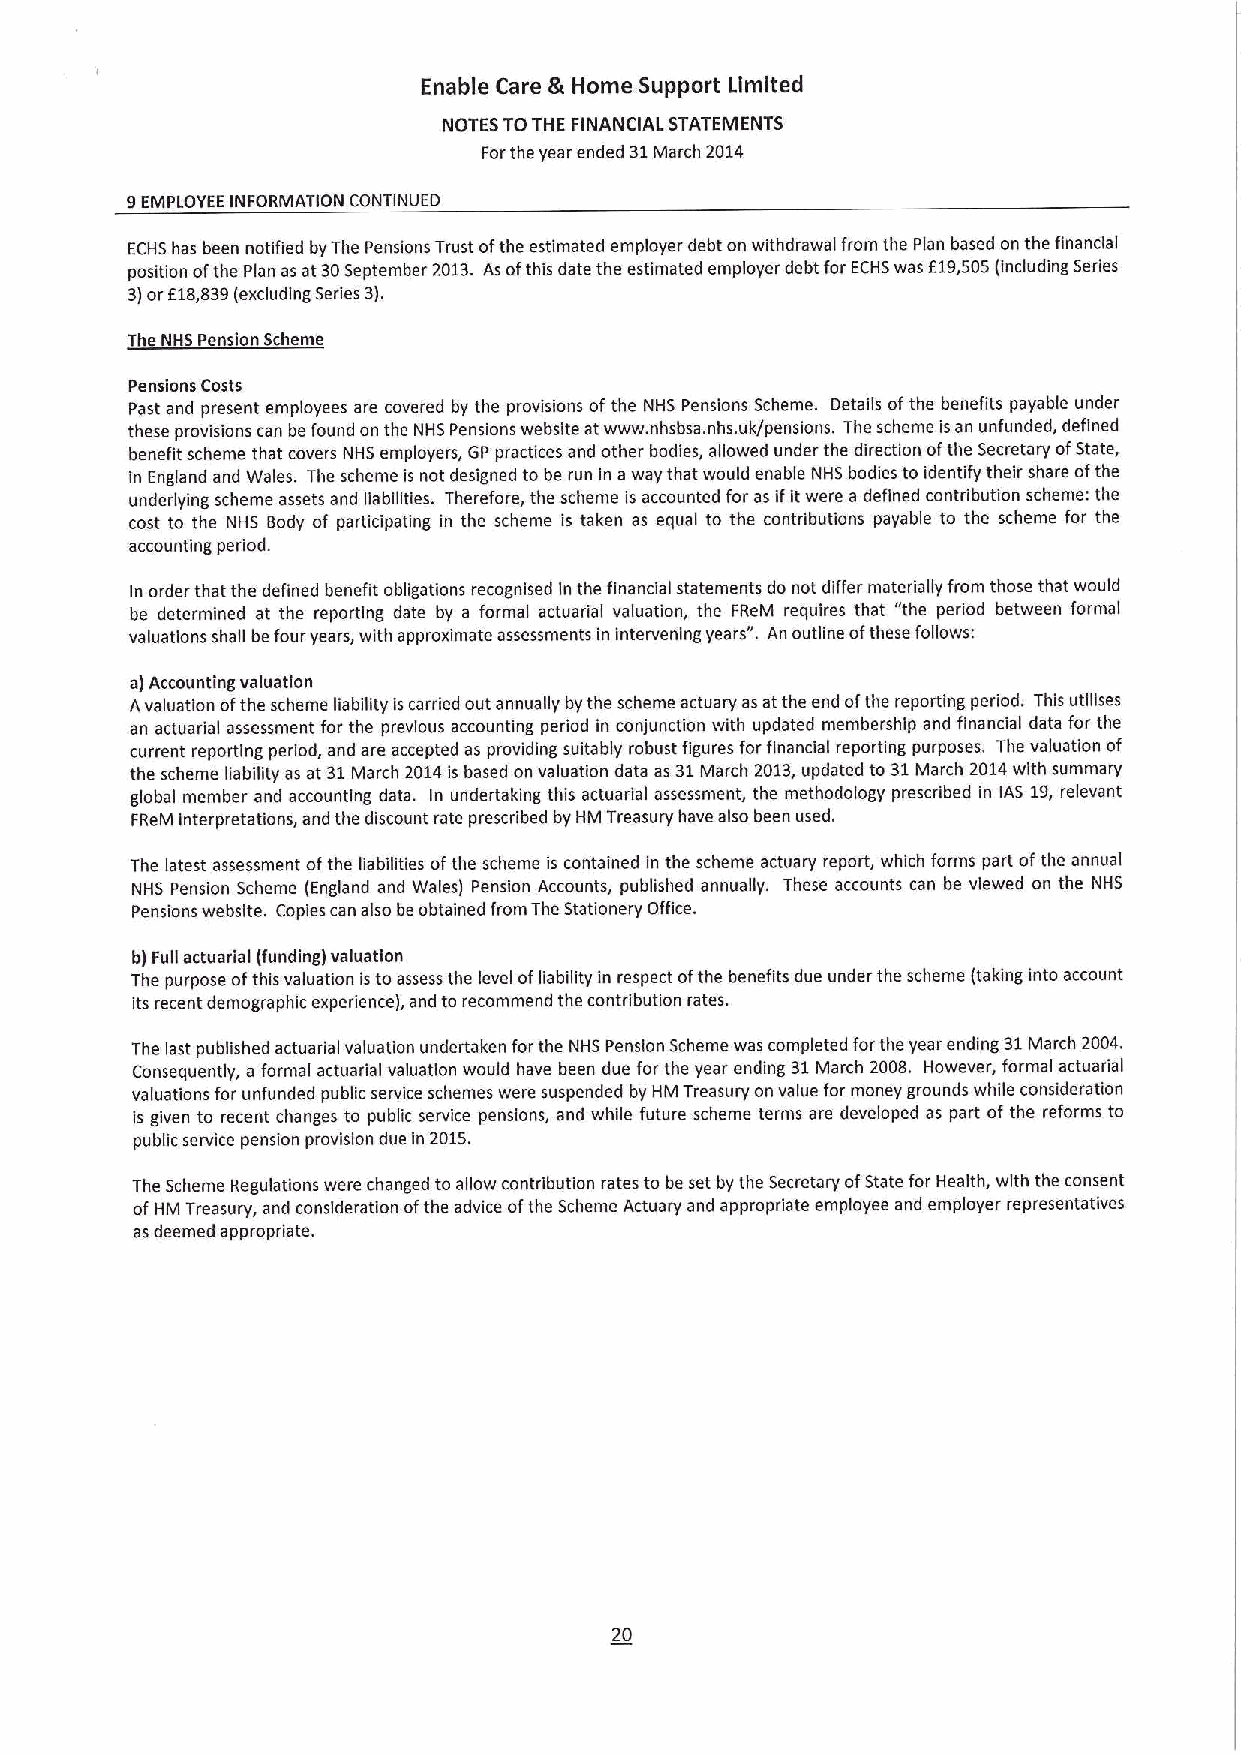
Enable Care & Home Support Limited
 NOTES TOTHE FINANCIAL STATEMENTS
 Forthe year ended 31March 2014
 9EIVIPLOYEE INFORMATION CONTINUED
 ECHS has been notified byThe Pensions Trust ofthe estimated employer debt on withdrawal from the Plan based on the financial
 position ofthe Plan asat30September 2013. As ofthis date the estimated employer debt for ECHSwas E19,505(including Series
 3)orE18,839(excluding Series 3).
 The NHS Pensio Scheme
 Pensions Costs
 Past and present employees are covered by the provisions ofthe NHS Pensions Scheme. Details ofthe benefits payable under
 these provisions can be found on the NHS Pensions website at www. nhsbsa. nhs.uk/pensions. The scheme isan unfunded, defined
 benefit scheme that covers NHS employers, GP practices and other bodies, allowed under the direction ofthe Secretary ofState,
 in England and Wales. The scheme is not designed to be run In away that would enable NHS bodies to identify their share ofthe
 underlying scheme assets and liabilities. Therefore, the scheme is accounted for as ifitwere a defined contribution scheme: the
 cost to the NHS Body of participating in the scheme is taken as equal to the contributions payable to the scheme for the
 accounting period.
 In order that the defined benefit obligations recognised in the financial statements do not differ materially from those that would
 be determined at the reporting date by a formal actuarial valuation, the FReM requires that "the period between formal
 valuations shall befour years, with approximate assessments in intervening years". An outline ofthese follows:
 a)Accounting valuation
 Avaluation ofthe scheme liability ls carried out annually by the scheme actuary asatthe end ofthe reporting period. This utilises
 an actuarial assessment for the previous accounting period in conjunction with updated membership and financial data for the
 current reporting period, and are accepted as providing suitably robust figures forfinancial reporting purposes. The valuation of
 the scheme liability as at 31March 2014is based on valuation data as 31March 2013,updated to 31March 2014with summary
 global member and accounting data. In undertaking this actuarial assessment, the methodology prescribed in IAS 19,relevant
 FReM interpretations, and the discount rate prescribed by HM Treasury have also been used.
 The latest assessment ofthe liabilities ofthe scheme is contained in the scheme actuary report, which forms part ofthe annual
 NHS Pension Scheme (England and Wales) Pension Accounts, published annually. These accounts can be viewed on the NHS
 Pensions website. Copies can also be obtained from The Stationery Office.
 b)Full actuarial (funding) valuation
 The purpose ofthis valuation isto assess the level ofliability in respect ofthe benefits due under the scheme (taking into account
 its recent demographic experience), and to recommend the contribution rates.
 The last published actuarial valuation undertaken forthe NHS Pension Scheme was completed forthe year ending 31March 2004.
 Consequently, a formal actuadal valuation would have been due for the year ending 31March 2008. However, formal actuarial
 valuations for unfunded public service schemes were suspended by HM Treasury on value for money grounds while consideration
 Is given to recent changes to public service pensions, and while future scheme terms are developed as part of the reforms to
 public service pension provision due in 2015.
 The Scheme Regulations were changed to allow contribution rates to be set by the Secretary ofState for Health, with the consent
 ofHM Treasury, and consideration ofthe advice ofthe Scheme Actuary and appropriate employee and employer representatives
 asdeemed appropriate.
 20